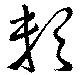
軟